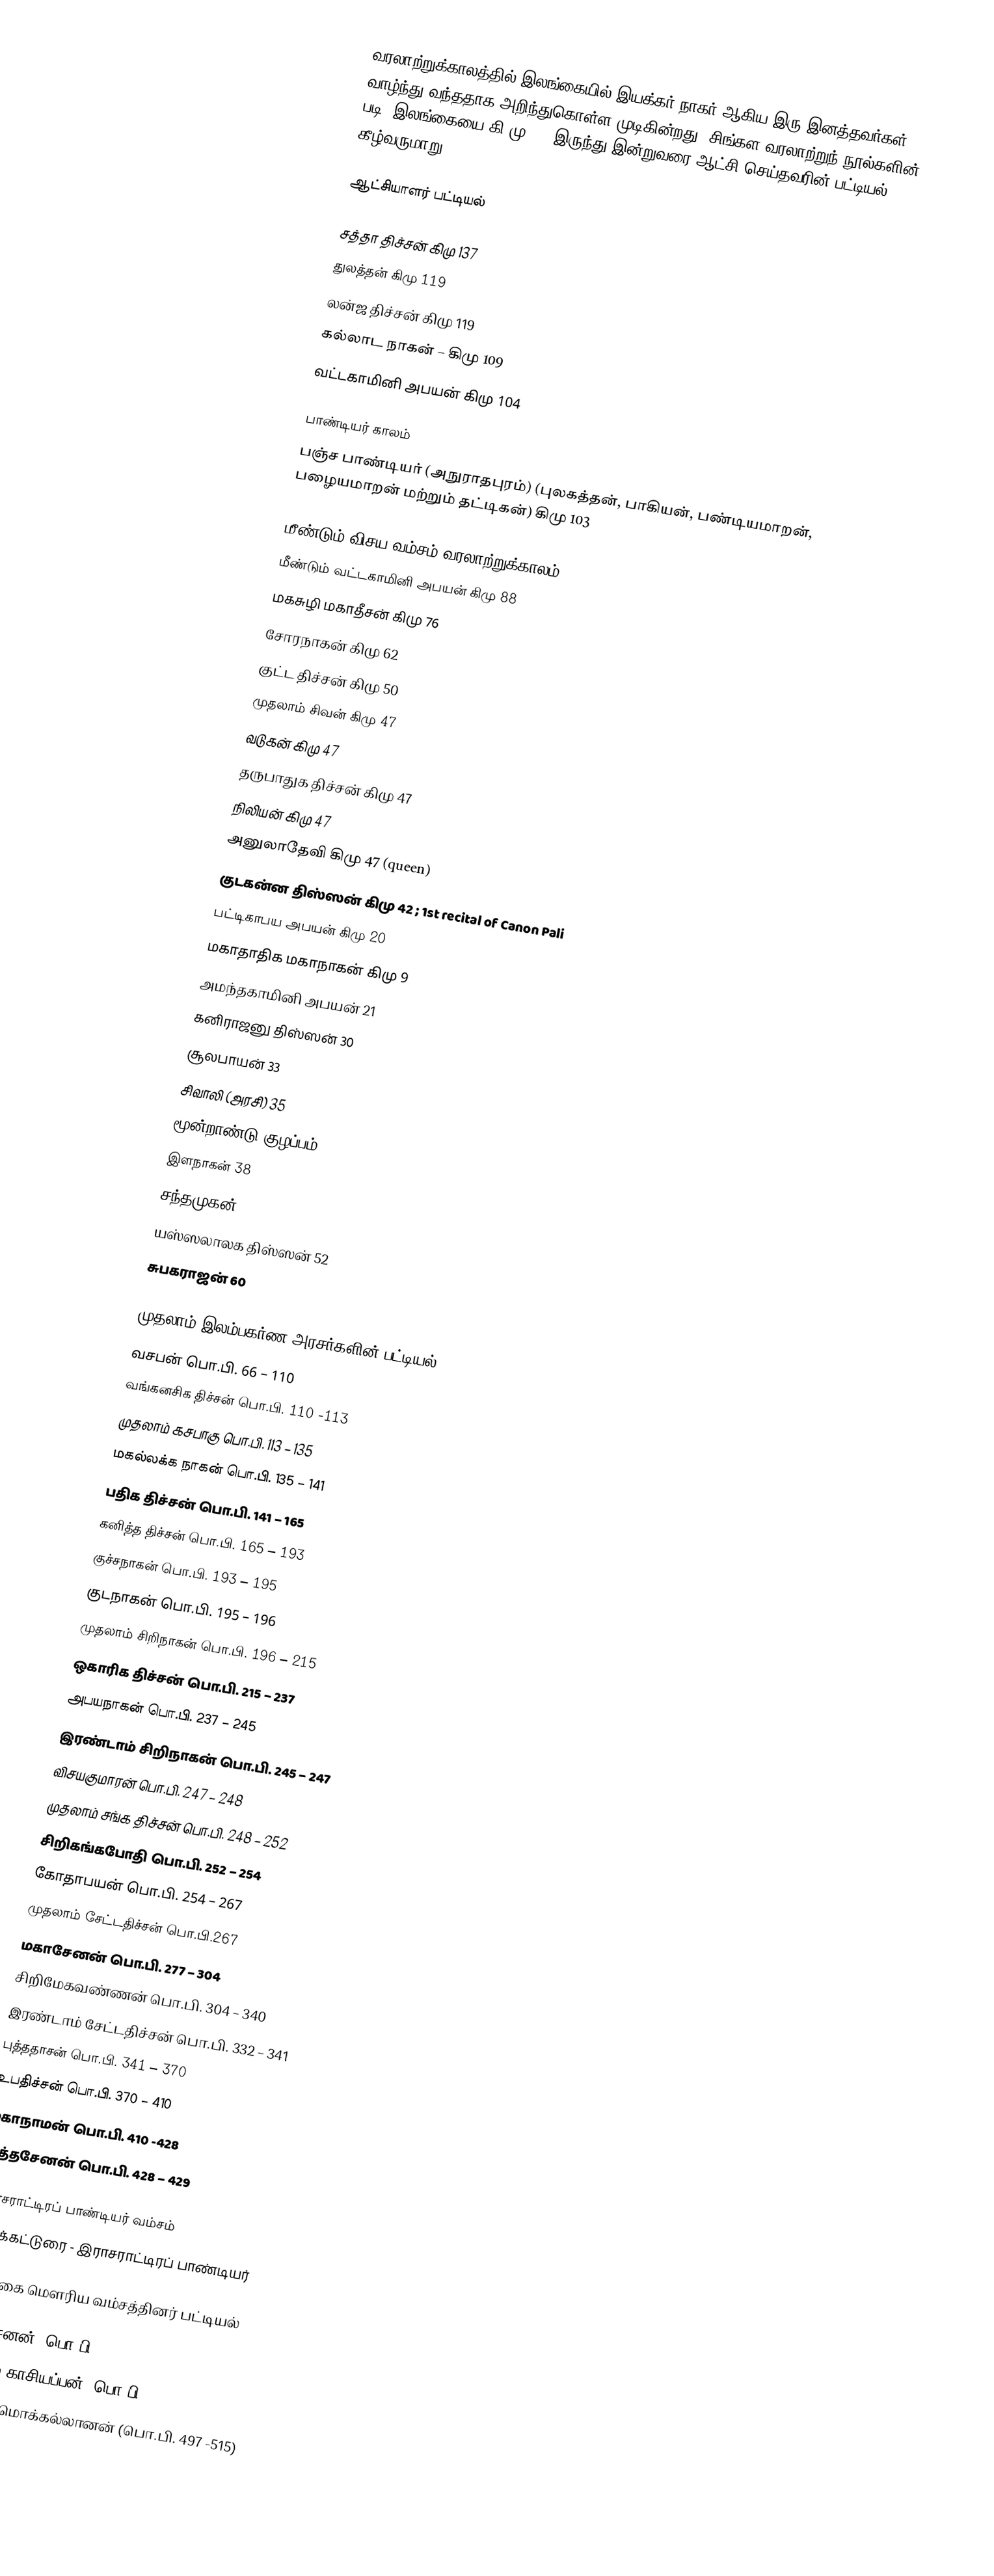
வரலாற்றுக்காலத்தில் இலங்கையில் இயக்கர் நாகர் ஆகிய இரு இனத்தவர்கள் வாழ்ந்து வந்ததாக அறிந்துகொள்ள முடிகின்றது. சிங்கள வரலாற்றுந் நூல்களின் படி,  இலங்கையை கி.மு 543 இருந்து இன்றுவரை ஆட்சி செய்தவரின் பட்டியல் கீழ்வருமாறு:

ஆட்சியாளர் பட்டியல்

 சத்தா திச்சன் கிமு 137
 துலத்தன் கிமு 119
 லன்ஜ திச்சன் கிமு 119
 கல்லாட நாகன் – கிமு 109
 வட்டகாமினி அபயன் கிமு 104

பாண்டியர் காலம்
 பஞ்ச பாண்டியர் (அநுராதபுரம்)   (புலகத்தன், பாகியன், பண்டியமாறன், பழையமாறன் மற்றும் தட்டிகன்) கிமு 103

மீண்டும் விசய வம்சம் வரலாற்றுக்காலம்
 மீண்டும் வட்டகாமினி அபயன் கிமு 88
 மகசுழி மகாதீசன் கிமு 76
 சோரநாகன் கிமு 62
 குட்ட திச்சன் கிமு 50
 முதலாம் சிவன் கிமு 47
 வடுகன் கிமு 47
 தருபாதுக திச்சன் கிமு 47
 நிலியன் கிமு 47
 அனுலாதேவி கிமு 47 (queen)
 குடகன்ன திஸ்ஸன் கிமு 42 ; 1st recital of Canon Pali
 பட்டிகாபய அபயன் கிமு 20
 மகாதாதிக மகாநாகன் கிமு 9
 அமந்தகாமினி அபயன் 21
 கனிராஜனு திஸ்ஸன் 30
 சூலபாயன் 33
 சிவாலி (அரசி) 35
 மூன்றாண்டு குழப்பம்
 இளநாகன் 38
 சந்தமுகன் 44
 யஸ்ஸலாலக திஸ்ஸன் 52
 சுபகராஜன் 60

முதலாம் இலம்பகர்ண அரசர்களின் பட்டியல்
 வசபன் பொ.பி. 66 – 110
 வங்கனசிக திச்சன் பொ.பி. 110 -113
 முதலாம் கசபாகு பொ.பி. 113 – 135
 மகல்லக்க நாகன் பொ.பி. 135 – 141
 பதிக திச்சன் பொ.பி. 141 – 165
 கனித்த திச்சன் பொ.பி. 165 – 193
 குச்சநாகன் பொ.பி. 193 – 195
 குடநாகன் பொ.பி. 195 – 196
 முதலாம் சிறிநாகன் பொ.பி. 196 – 215
 ஒகாரிக திச்சன் பொ.பி. 215 – 237
 அபயநாகன் பொ.பி. 237 – 245
 இரண்டாம் சிறிநாகன் பொ.பி. 245 – 247
 விசயகுமாரன் பொ.பி. 247 – 248
 முதலாம் சங்க திச்சன் பொ.பி. 248 – 252
 சிறிகங்கபோதி பொ.பி. 252 – 254
 கோதாபயன் பொ.பி. 254 – 267
 முதலாம் சேட்டதிச்சன் பொ.பி.267
 மகாசேனன் பொ.பி. 277 – 304
 சிறிமேகவண்ணன் பொ.பி. 304 – 340
 இரண்டாம் சேட்டதிச்சன் பொ.பி. 332 – 341
 புத்ததாசன் பொ.பி. 341 – 370
 உபதிச்சன் பொ.பி. 370 – 410
 மகாநாமன் பொ.பி. 410 -428
 மித்தசேனன் பொ.பி. 428 – 429

இராசராட்டிரப் பாண்டியர் வம்சம்
 மூலக்கட்டுரை - இராசராட்டிரப் பாண்டியர்

இலங்கை மௌரிய வம்சத்தினர் பட்டியல்

 தாதுசேனன் (பொ.பி. 463 – 479)
 முதலாம் காசியப்பன் (பொ.பி. 479 – 497)
 முதலாம் மொக்கல்லானன் (பொ.பி. 497 -515)
 குமார